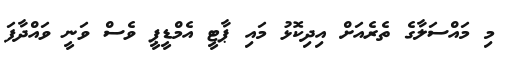
މި މައްސަލާގެ ތެރެއަށް އިދިކޮޅު މައި ޕާޓީ އެމްޑީޕީ ވެސް ވަނީ ވައްދާފަ